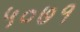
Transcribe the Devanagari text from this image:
५०७१